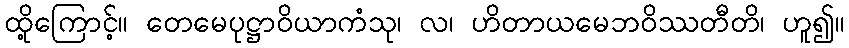
ထို့ကြောင့်။ တေမေပုဋ္ဌာဝိယာကံသု၊ လ၊ ဟိတာယမေဘဝိဿတီတိ၊ ဟူ၍။